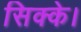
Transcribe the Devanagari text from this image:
सिक्के।